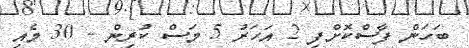
ބަހަން ފާސްކޮށްފި 2 އަހަރު 5 މަސް ކުރިން - 30 މެއި